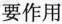
要作用